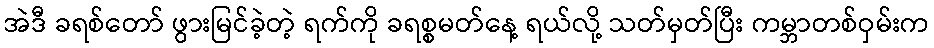
အဲဒီ ခရစ်တော် ဖွားမြင်ခဲ့တဲ့ ရက်ကို ခရစ္စမတ်နေ့ ရယ်လို့ သတ်မှတ်ပြီး ကမ္ဘာတစ်ဝှမ်းက